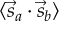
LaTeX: \langle { \vec { s } } _ { a } \cdot { \vec { s } } _ { b } \rangle